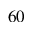
6 0